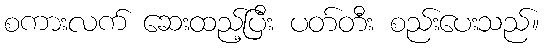
စကားလက် ဆေးထည့်ပြီး ပတ်တီး စည်းပေးသည်။